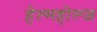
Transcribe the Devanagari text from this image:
हेल्महोल्ज